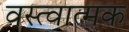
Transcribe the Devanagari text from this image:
वस्त्वात्मक